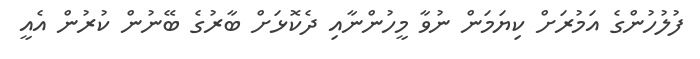
ފުލުހުންގެ އަމުރަށް ކިޔަމަން ނުވާ މީހުންނާއި ދެކޮޅަށް ބާރުގެ ބޭނުން ކުރުން އެއީ